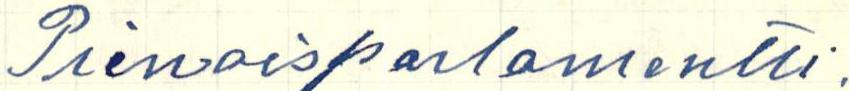
Pienoisparlamentti.